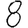
Digit: 8